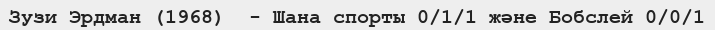
Зузи Эрдман (1968)  - Шана спорты 0/1/1 және Бобслей 0/0/1